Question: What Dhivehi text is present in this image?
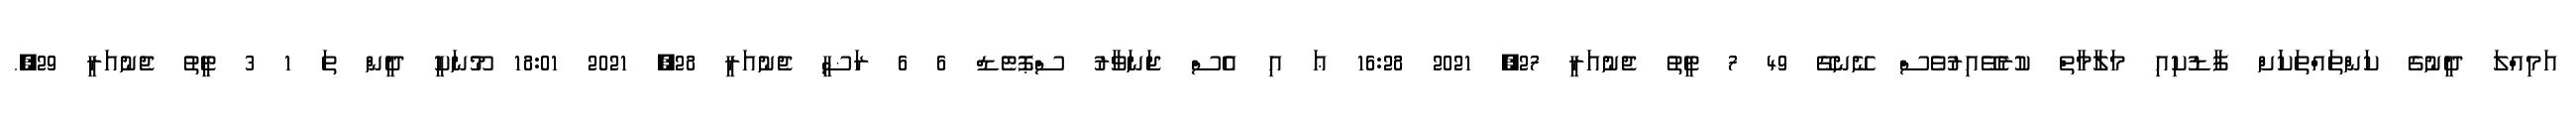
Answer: އަމިއްލަ ދީނުގެ ކަންތައްތަކަަށް ފާޑުކިއި މަލާމާތް ކުރެވޭއިރުވެސް ނޭނގޭ 49 7 ޓީތު ޖެނުއަރީ 27, 2021 16:28 ޢަ އި އެސް ޖަނަވާރު ސްޕޮޓެޑް 6 6 ޜަޟީ ޖެނުއަރީ 28, 2021 18:01 މޫނަކީ ދީން ތަ 1 3 ޓީތު ޖެނުއަރީ 29,.